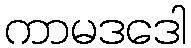
ကာမဒဒေါ